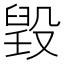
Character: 𣪷